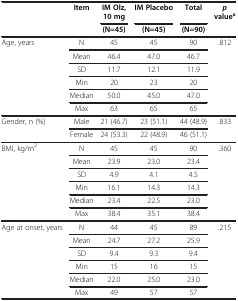
| <ROWSPAN=2>  | <ROWSPAN=2> Item | IM Olz, 10 mg | IM Placebo | Total | <ROWSPAN=2> p valuea |
 | (N=45) | (N=45) | (N=90) |
 | --- | --- | --- | --- | --- | --- |
 | <ROWSPAN=6> Age, years | N | 45 | 45 | 90 | <ROWSPAN=6> .812 |
 | Mean | 46.4 | 47.0 | 46.7 |
 | SD | 11.7 | 12.1 | 11.9 |
 | Min | 20 | 23 | 20 |
 | Median | 50.0 | 45.0 | 47.0 |
 | Max | 63 | 65 | 65 |
 | <ROWSPAN=2> Gender, n (%) | Male | 21 (46.7) | 23 (51.1) | 44 (48.9) | <ROWSPAN=2> .833 |
 | Female | 24 (53.3) | 22 (48.9) | 46 (51.1) |
 | <ROWSPAN=6> BMI, kg/m2 | N | 45 | 45 | 90 | <ROWSPAN=6> .360 |
 | Mean | 23.9 | 23.0 | 23.4 |
 | SD | 4.9 | 4.1 | 4.5 |
 | Min | 16.1 | 14.3 | 14.3 |
 | Median | 23.4 | 22.5 | 23.0 |
 | Max | 38.4 | 35.1 | 38.4 |
 | <ROWSPAN=6> Age at onset, years | N | 44 | 45 | 89 | <ROWSPAN=6> .215 |
 | Mean | 24.7 | 27.2 | 25.9 |
 | SD | 9.4 | 9.3 | 9.4 |
 | Min | 15 | 16 | 15 |
 | Median | 22.0 | 25.0 | 23.0 |
 | Max | 49 | 57 | 57 |